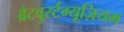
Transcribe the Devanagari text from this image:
ब्रैटवुर्स्टम्यूज़ियम